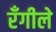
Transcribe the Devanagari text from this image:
रँगीले